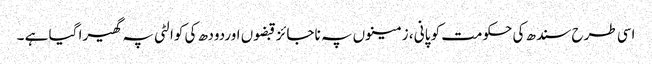
اسی طرح سندھ کی حکومت کو پانی ، زمینوں پہ ناجائز قبضوں اوردودھ کی کوالٹی پہ گھیرا گیا ہے ۔